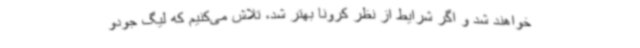
خواهند شد و اگر شرایط از نظر کرونا بهتر شد، تلاش می‌کنیم که لیگ جودو